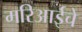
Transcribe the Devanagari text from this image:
मरिआईचे